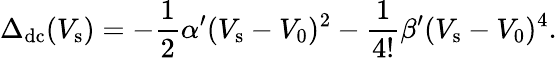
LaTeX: \Delta_{\mathrm{dc}}(V_{\mathrm{s}})=-\frac{1}{2}\alpha^{\prime}(V_{\mathrm{s}}-V_{0})^{2}-\frac{1}{4!}\beta^{\prime}(V_{\mathrm{s}}-V_{0})^{4}.